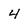
Character: 4